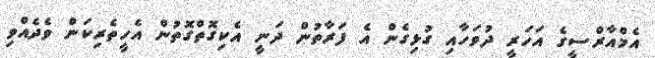
އެމްއާރްސީގެ އަހަރީ ދުވަހާއި ގުޅިގެން އެ ފަރާތުން ދަނީ އެކިގޮތްގޮތުން އެހީތެރިކަން ވެދެއްވި